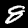
Label: 8